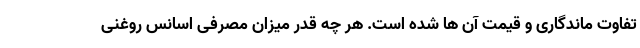
تفاوت ماندگاری و قیمت آن ها شده است. هر چه قدر میزان مصرفی اسانس روغنی